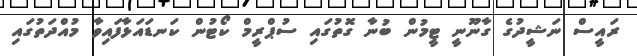
ރައީސް ނަޝީދުގެ ގާނޫނީ ޓީމުން ބުނާ ގޮތުގައި ސުޕްރީމް ކޯޓުން ކަނޑައަޅާފައިވާ މުއްދަތުގައި